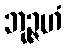
ဘုဉ္ဇဟံ